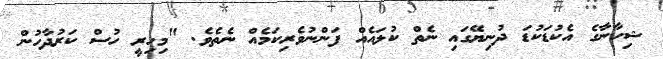
ޝިހާނާގެ އެކުޑަކުޑަ ދުނިޔޭގައި ނެތް ކުލައެއް ފަންނުވެރިކަމެއް ނެތެވެ. "މިހިރީ ހުސް ކަރުދާހުން